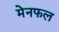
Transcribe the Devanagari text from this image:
मेनफल